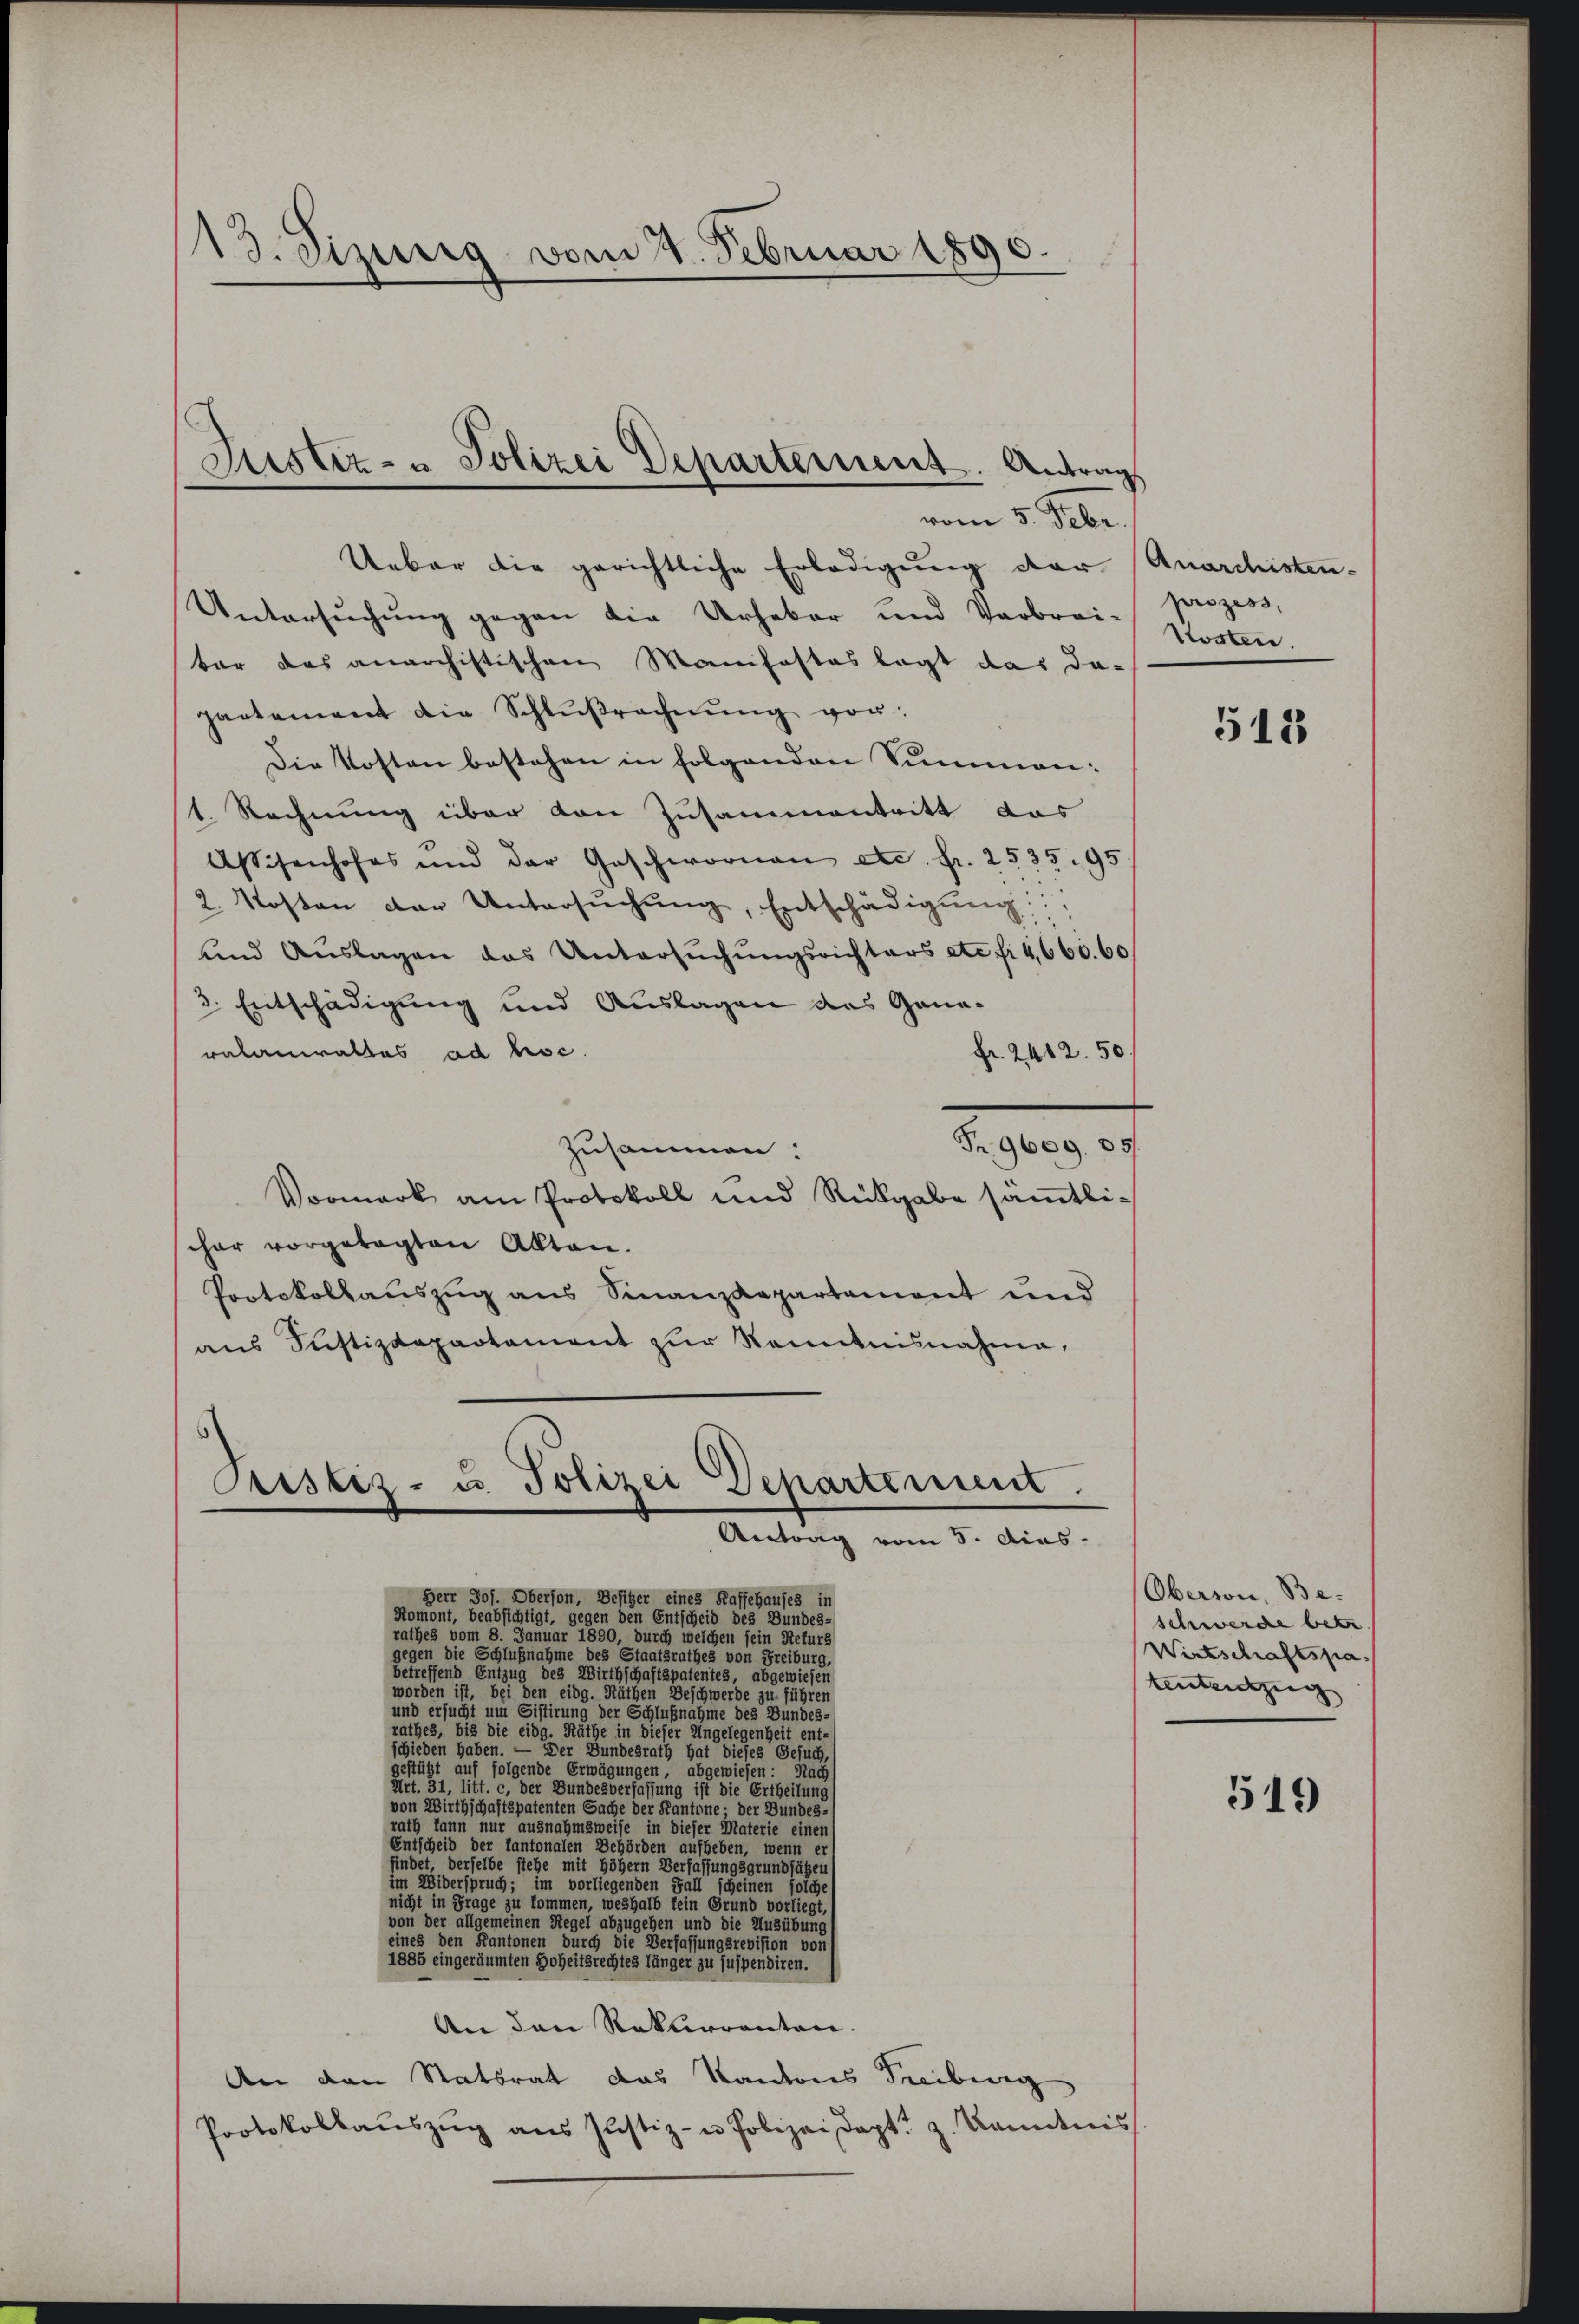
13. Sizinig vom 8. Februar 1890.

Justiz- u Polizei Departement. Antrag,
vom 5. Febr.

Ueber die gerichtliche Erledigung der Anarchisten-
Untersuchung gegen die Urheber und Verbrei-
ter das anarchistischen Manifestes legt das da-
partement die Schlŭβrechnŭng vor:
Die Kosten bestehen in folgenden Summen:
1. Rechnung über von Zusammentritt das
Aschenhofes und der Geschwornen etc. fr. 2535. 95
2. Kosten der Untersŭchŭng, Entschädigŭng:
und Auslagen das Untersŭchŭngsrichters etc. fr. 4,660. 60
3. Entschädigung und Auslagen das Gana-
ralamiraltas ad hoc.
fr. 2412. 50.
Fr. 9609. 85.
zusammen:
Vormerk am Protokoll und Rückgabe sämtlischar vorgetagten Akten.
Protokollauszug aus Finanzdepartement und
ans Justizdepartament zŭr Nominisnahme,

Ristis- u. Polizei Departement
Antrag vom 8. dies

Herr Jos. Oberson, Besitzer eines Kaffehauses in
Romont, beabsichtigt, gegen den Entscheid des Bundes-
rathes vom 8. Januar 1890, durch welchen sein Rekurs
gegen die Schlußnahme des Staatsrathes von Freiburg,
betreffend Entzug des Wirthschaftspatentes, abgewiesen
worden ist, bei den eidg. Räthen Beschwerde zu führen
und ersucht um Sistirung der Schlußnahme des Bundes,
rathes, bis die eidg. Räthe in dieser Ungelegenheit ent
schieden haben. — Der Bundesrath hat dieses
gestützt auf folgende Erwägungen, abgewiesen.
Art. 31, litt. c, der Bundesverfassung ist die Ertheilun
von Wirthschaftspatenten Sache der Kantone der Bundes-
rath kann nur ausnahmsweise in dieser Materie einen
Entscheid der Cantonalen Behörden aufheben, wenn er
findet, derselbe stehe mit höhern Verfassungsgrundsätzer
im Widerspruch; im vorliegenden Fall scheinen sol
nicht in Frage zu kommen, weshalb kein Grund vorlie
von der allgemeinen Regel abzugehen und die Ausübung
eines den Kantonen durch die Verfassungsrevision von
1885 eingeräumten Hoheitsrechtes länger zu suspendiren.
An den Rekurrenten.
An den Statsrat das Kantons Fribourg
Protokollaŭszŭg ans Justiz- u Polizei dopt z. Kanntnis

prozess,
Kosten.

512

Oberson, Beschwerde betr
Wirtschaftspatenteutzung

519